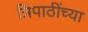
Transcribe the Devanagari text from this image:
त्रिपाठींच्या